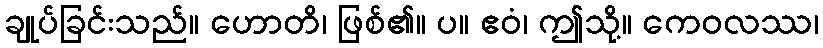
ချုပ်ခြင်းသည်။ ဟောတိ၊ ဖြစ်၏။ ပ။ ဧဝံ၊ ဤသို့။ ကေဝလဿ၊